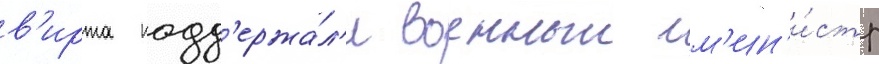
в'ирта подд'ержа́л'и военныи м'ин'и́стр